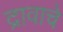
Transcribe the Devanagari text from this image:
द्रावाचे